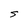
Character: S